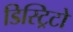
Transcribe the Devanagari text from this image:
डिस्ट्रिटो